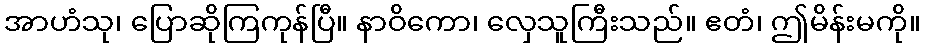
အာဟံသု၊ ပြောဆိုကြကုန်ပြီ။ နာဝိကော၊ လှေသူကြီးသည်။ ဧတံ၊ ဤမိန်းမကို။